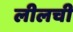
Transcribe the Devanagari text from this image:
लीलची